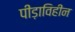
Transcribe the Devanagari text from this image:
पीड़ाविहीन